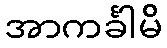
အာကင်္ခါမိ